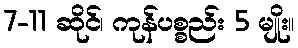
7-11 ဆိုင်၊ ကုန်ပစ္စည်း 5 မျိုး။